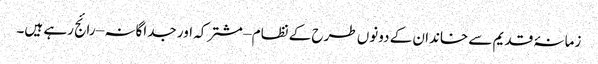
زمانۂ قدیم سے خاندان کے دونوں طرح کے نظام – مشترکہ اور جداگانہ – رائج رہے ہیں۔